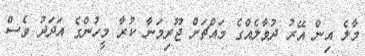
މާލެ އިން އޭރު ދުވާލެއްގެ މައްޗަށް ޖޫރިމަނާ ކުރާ މީހުންގެ އަދަދު ވެސް